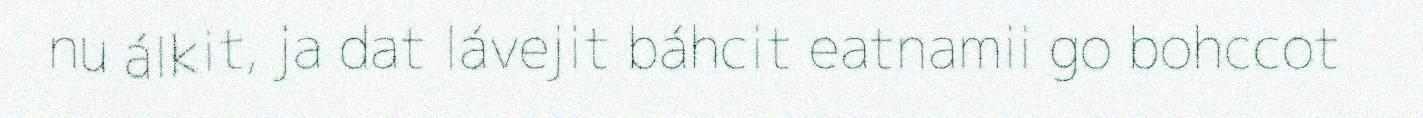
nu álkit, ja dat lávejit báhcit eatnamii go bohccot